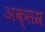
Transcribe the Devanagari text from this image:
अक्सस्र